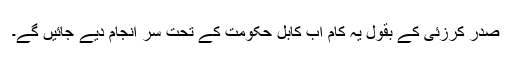
صدر کرزئی کے بقول یہ کام اب کابل حکومت کے تحت سر انجام دیے جائیں گے۔